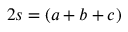
2 s = ( a + b + c )